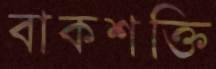
বাকশক্তি